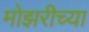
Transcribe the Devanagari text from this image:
मोझरीच्या